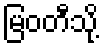
မြဝတီသို့